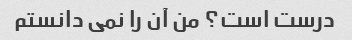
درست است؟ من آن را نمی دانستم